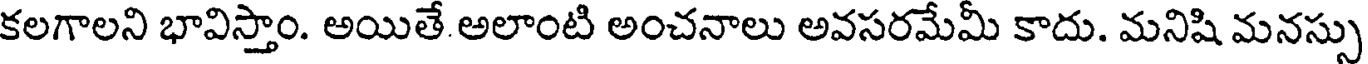
కలగాలని భావిస్తాం. అయితే అలాంటి అంచనాలు అవసరమేమీ కాదు. మనిషి మనస్సు